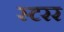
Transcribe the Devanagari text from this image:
स्टरर